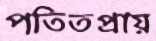
পতিতপ্রায়